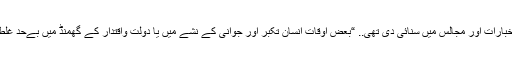
اس واقعہ کو قریباً بارہ پندرہ سال گزرے ہونگے، جب یہ رونما ہوا تو اس کی بازگشت مقامی اخبارات اور مجالس میں سنائی دی تھی.. “بعض اوقات انسان تکبر اور جوانی کے نشے میں یا دولت واقتدار کے گھمنڈ میں بےحد غلط باتیں منہ سے نکال دیتا ہے، اسے معلوم نہیں ہوتا کہ عین ممکن ہے وہ قبولیت دعا کا وقت ہو۔